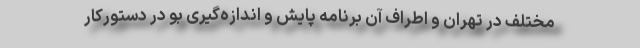
مختلف در تهران و اطراف آن برنامه پایش و اندازه‌گیری بو در دستورکار